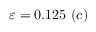
\varepsilon = 0 . 1 2 5 \ ( c )